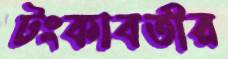
টংকাবতীর